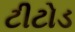
ટીટોડ